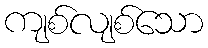
ကျစ်လျစ်သော